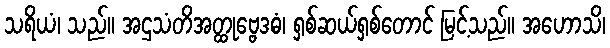
သရိယံ၊ သည်။ အဌသံတိအတ္ထုဗ္ဗေဒဓံ၊ ရှစ်ဆယ်ရှစ်တောင် မြင့်သည်။ အဟောသိ၊